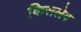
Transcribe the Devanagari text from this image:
किसलेव